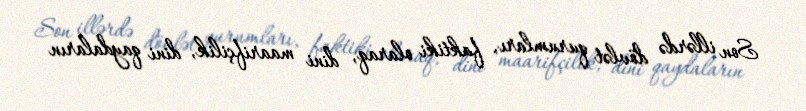
Son illərdə dövlət qurumları, faktiki olaraq, dini maarifçilik, dini qaydaların